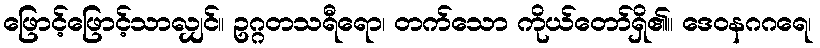
ဖြောင့်ဖြောင့်သာလျှင်။ ဥဂ္ဂတသရီရော၊ တက်သော ကိုယ်တော်ရှိ၏။ ဒေဝနဂဂရေ၊